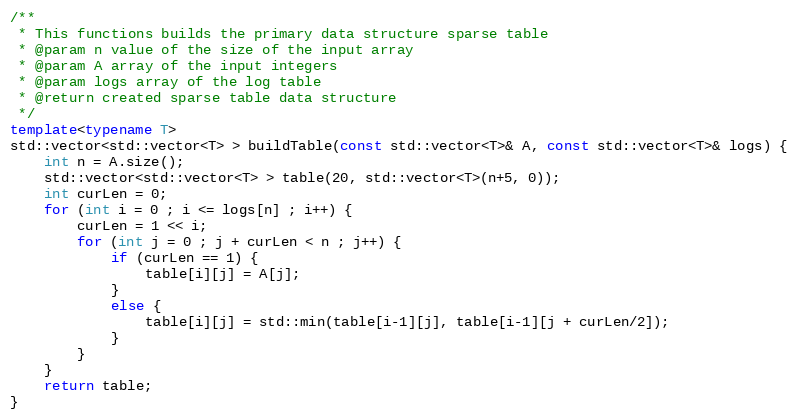
Language: C++
/**
 * This functions builds the primary data structure sparse table
 * @param n value of the size of the input array
 * @param A array of the input integers
 * @param logs array of the log table
 * @return created sparse table data structure
 */
template<typename T>
std::vector<std::vector<T> > buildTable(const std::vector<T>& A, const std::vector<T>& logs) {
    int n = A.size();
    std::vector<std::vector<T> > table(20, std::vector<T>(n+5, 0));
    int curLen = 0;
    for (int i = 0 ; i <= logs[n] ; i++) {
        curLen = 1 << i;
        for (int j = 0 ; j + curLen < n ; j++) {
            if (curLen == 1) {
                table[i][j] = A[j];
            }
            else {
                table[i][j] = std::min(table[i-1][j], table[i-1][j + curLen/2]);
            }
        }
    }
    return table;
}